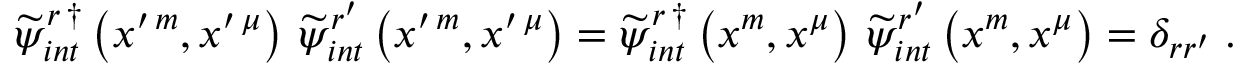
\begin{array} { r } { \widetilde { \psi } _ { i n t } ^ { r \, \dag } \left( x ^ { \prime \, m } , x ^ { \prime \, \mu } \right) \, \widetilde { \psi } _ { i n t } ^ { r ^ { \prime } } \left( x ^ { \prime \, m } , x ^ { \prime \, \mu } \right) = \widetilde { \psi } _ { i n t } ^ { r \, \dag } \left( x ^ { m } , x ^ { \mu } \right) \, \widetilde { \psi } _ { i n t } ^ { r ^ { \prime } } \left( x ^ { m } , x ^ { \mu } \right) = \delta _ { r r ^ { \prime } } \; . } \end{array}